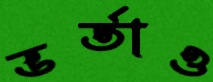
ভর্তাও